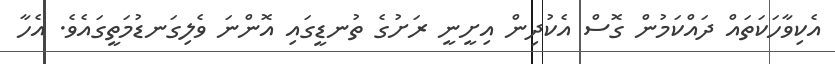
އެކިވާހަކަތައް ދައްކަމުން ގޮސް އެކުދިން އިށީނީ ރަށުގެ ތުނޑީގައި އޮންނަ ވެލިގަނޑުމަތީގައެވެ. އެހާ